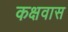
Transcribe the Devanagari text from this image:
कक्षवास